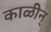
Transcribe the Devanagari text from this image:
काळीन्